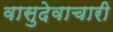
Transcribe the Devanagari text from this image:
वासुदेवाचारी